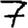
Digit: 7